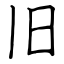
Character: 旧